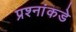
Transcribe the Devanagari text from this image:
प्रश्‍नांकडे